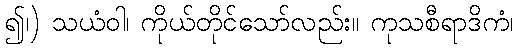
၍၊) သယံဝါ၊ ကိုယ်တိုင်သော်လည်း။ ကုသစီရာဒိကံ၊